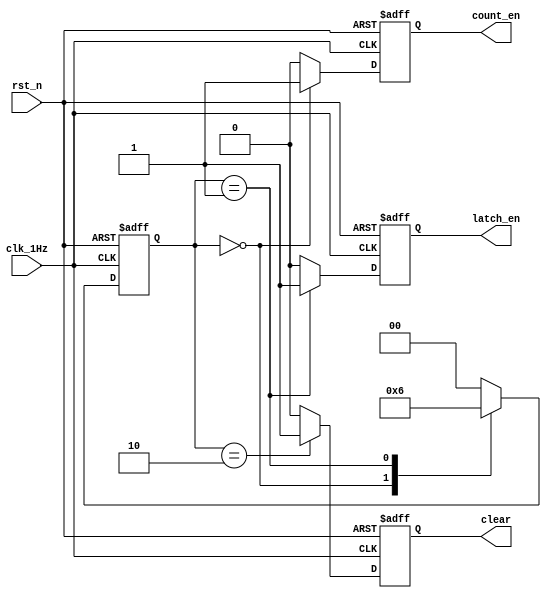
module control(
    input wire clk_1Hz,
    input wire rst_n,
    output reg count_en,
    output reg latch_en,
    output reg clear
);
    reg [1:0] state;    //  
    always @(posedge clk_1Hz, negedge rst_n) begin
        if (!rst_n) begin    //  
            state <= 2'd0; count_en <= 1'b0;
            latch_en <= 1'b0; clear <= 1'b0;    
        
        end
        else begin     //1s  
            case (state)
            2'd0: begin //1  
                count_en <= 1'b1; latch_en <= 1'b0;
                clear <= 1'b0; state <= 2'd1;
            end
            2'd1: begin //  
                count_en <= 1'b0; latch_en <= 1'b1;
                clear <= 1'b0; state <= 2'd2;
            end
            2'd2: begin //  
                count_en <= 1'b0; latch_en <= 1'b0;
                clear <= 1'b1; state <= 2'd0; //  
            
            end
            default: begin 
                count_en <= 1'b0; latch_en <= 1'b0;
                clear <= 1'b0; state <= 2'd0;
            end
            endcase
        end
    end 

endmodule